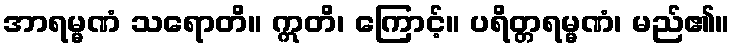
အာရမ္မဏံ သရောတိ။ ဣတိ၊ ကြောင့်။ ပရိတ္တရမ္မဏံ၊ မည်၏။